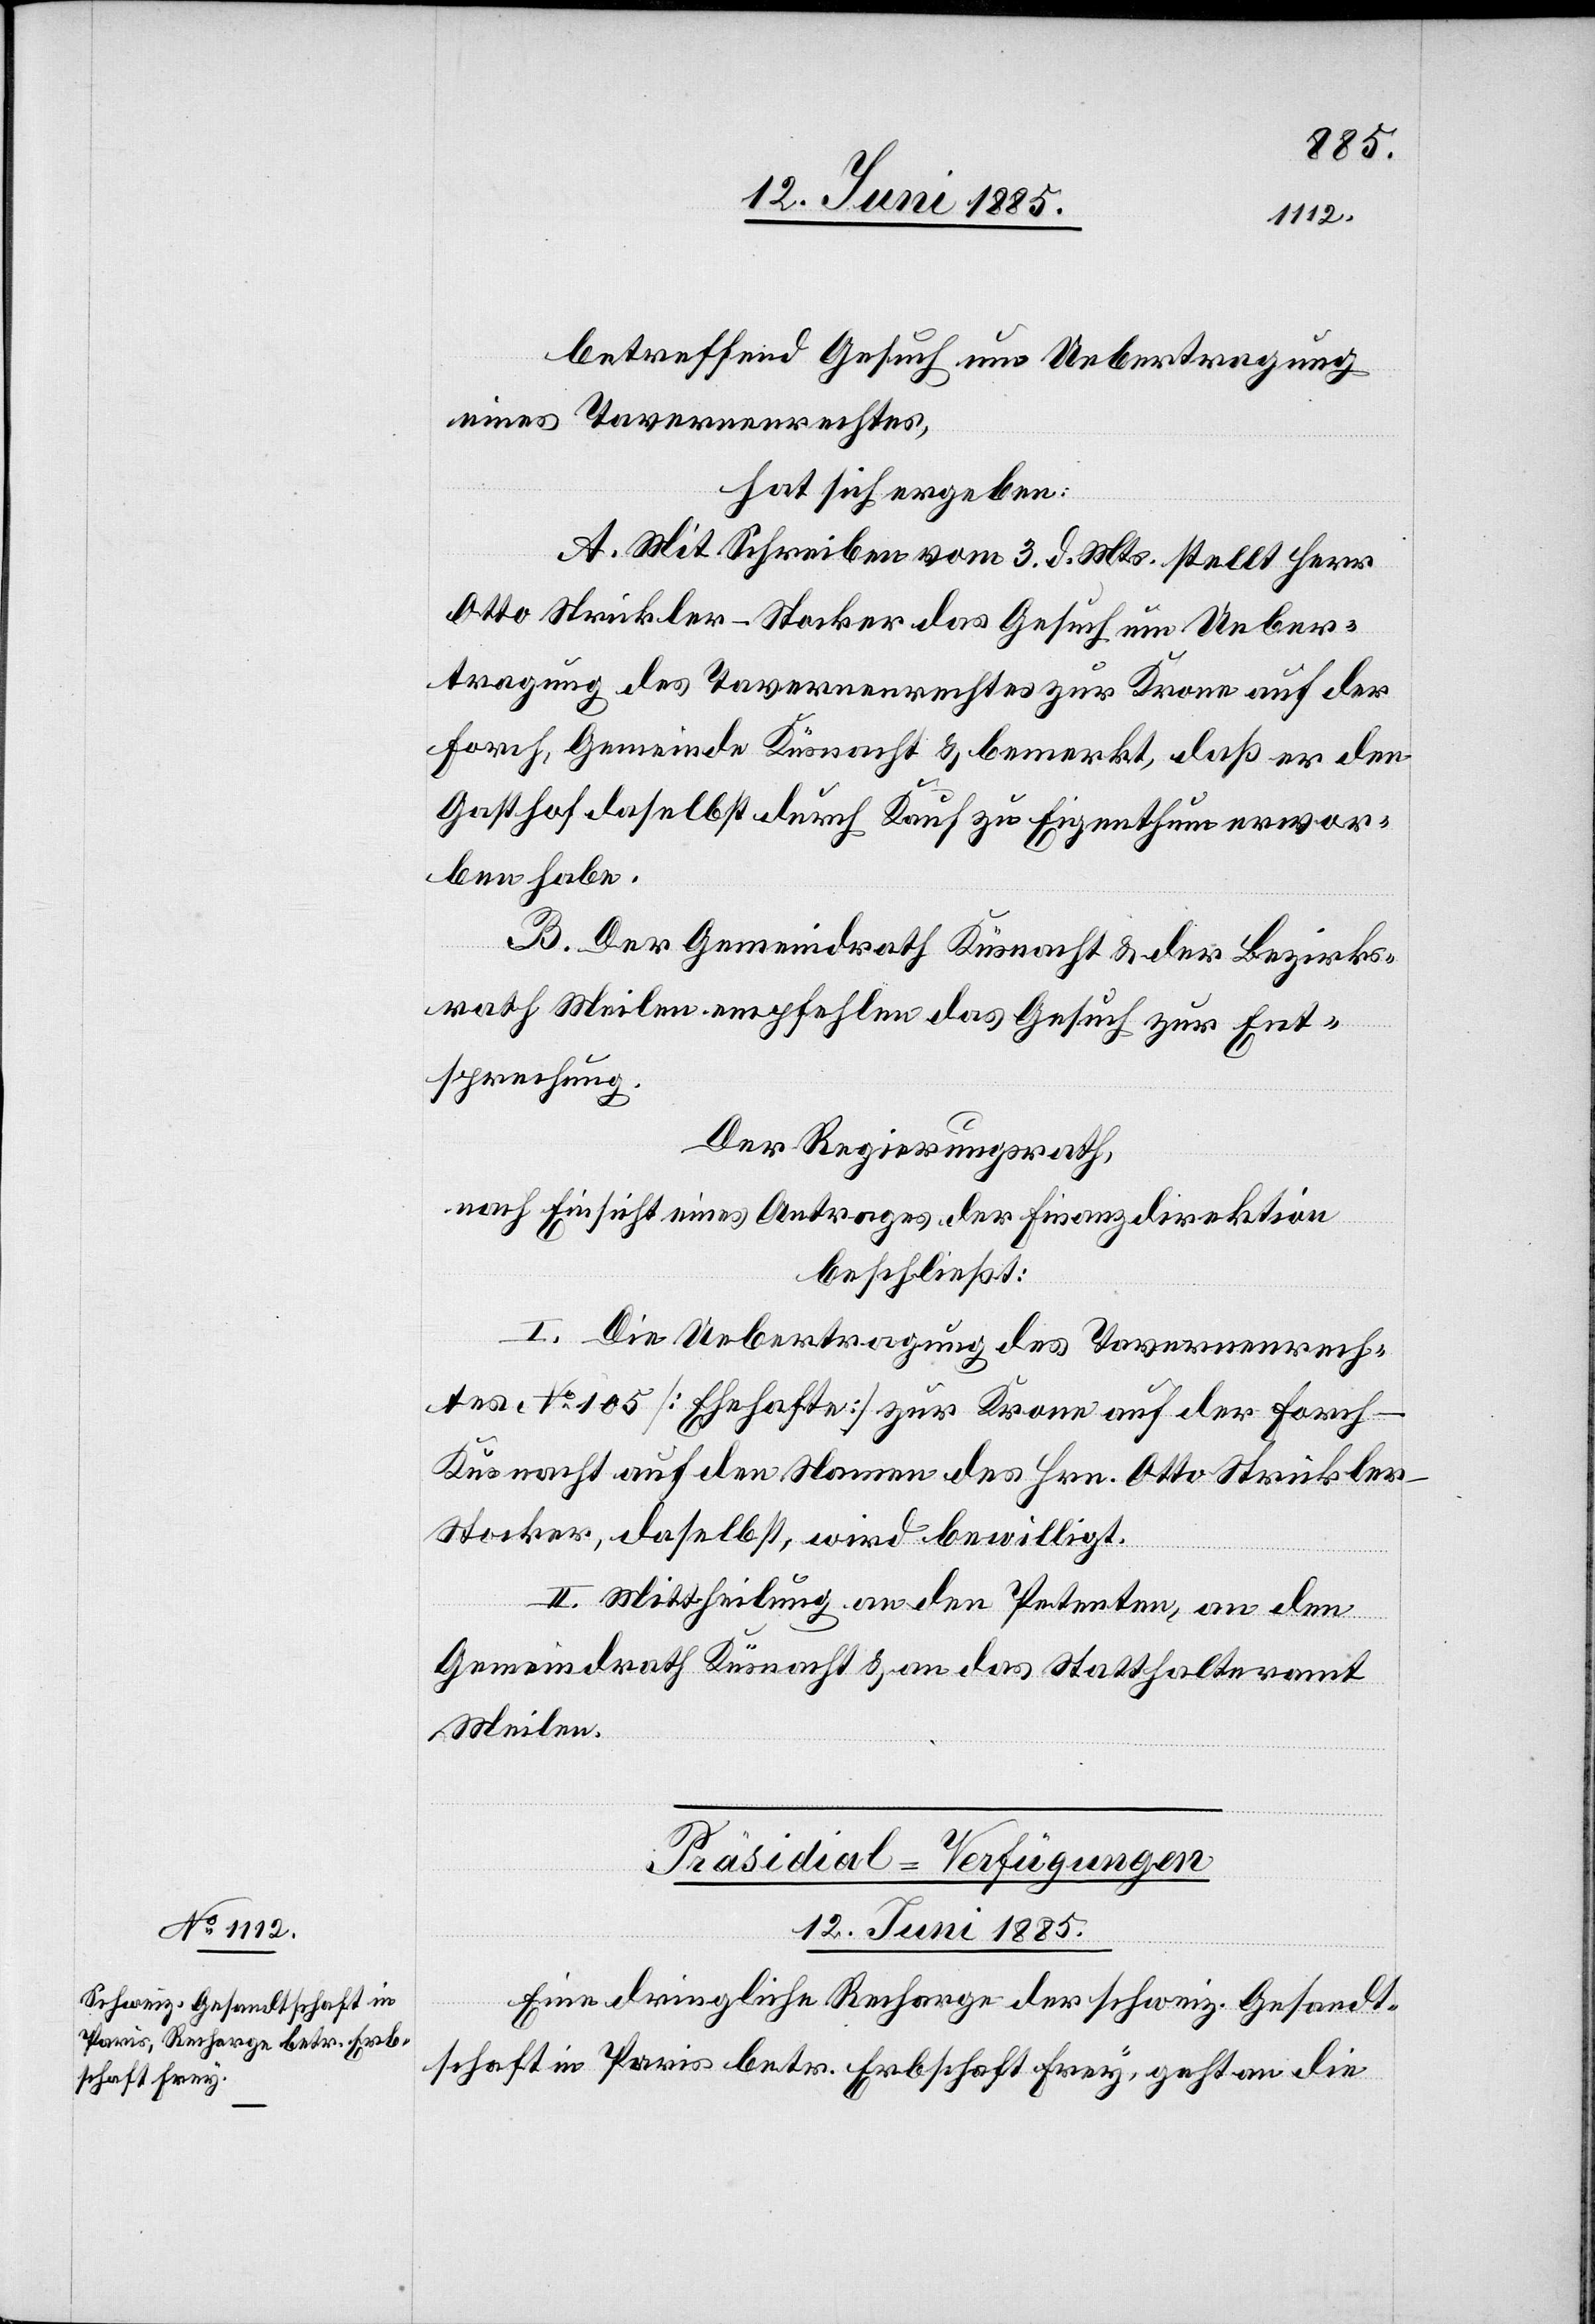
betreffend Gesuch um Uebertragung
eines Tavernenrechtes,
hat sich ergeben:
A. Mit Schreiben vom 3. d. Mts. stellt Herr
Otto Strickler-Stocker das Gesuch um Ueber¬
tragung des Tavernenrechtes zur Krone auf der
Forch, Gemeinde Küsnacht & bemerkt, daß er den
Gasthof daselbst durch Kauf zu Eigenthum erwor¬
ben habe.
B. Der Gemeindrath Küsnacht & der Bezirks¬
rath Meilen empfehlen das Gesuch zur Ent¬
sprechung.
Der Regierungsrath,
nach Einsicht eines Antrages der Finanzdirektion
beschließt:
I. Die Uebertragung des Tavernenrech¬
tes No 105 [Ehehafte] zur Krone auf der Forch
Küsnacht auf den Namen des Hrn. Otto Strickle¬
r-Stocker, daselbst, wird bewilligt.
II. Mittheilung an den Petenten, an den
Gemeindrath Küsnacht & an das Statthalteramt
Meilen.
Präsidial-Verfügungen.
12. Juni 1885.
Eine dringliche Recharge der schweiz. Gesandt¬
schaft in Paris betr. Erbschaft Frey, geht an die